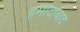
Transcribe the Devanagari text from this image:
हमीदाबाद